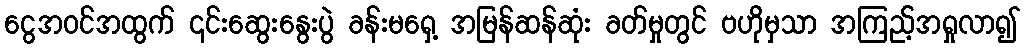
ငွေအဝင်အထွက် ၎င်းဆွေးနွေးပွဲ ခန်းမရှေ့ အမြန်ဆန်ဆုံး ခတ်မှုတွင် ဗဟိုမှသာ အကြည့်အရှုလာ၍